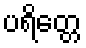
ပရိတ္တေ